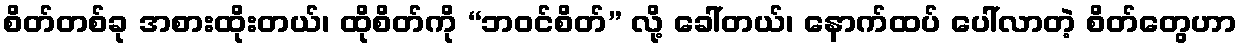
စိတ်တစ်ခု အစားထိုးတယ်၊ ထိုစိတ်ကို “ဘဝင်စိတ်” လို့ ခေါ်တယ်၊ နောက်ထပ် ပေါ်လာတဲ့ စိတ်တွေဟာ